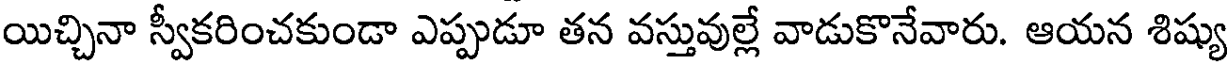
యిచ్చినా స్వీకరించకుండా ఎప్పుడూ తన వస్తువుల్లే వాడుకొనేవారు. ఆయన శిష్యు